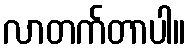
လာတက်တာပါ။